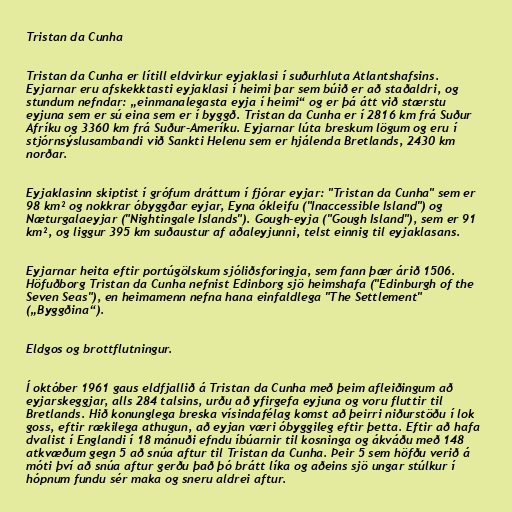
Tristan da Cunha

Tristan da Cunha er lítill eldvirkur eyjaklasi í suðurhluta Atlantshafsins.
Eyjarnar eru afskekktasti eyjaklasi í heimi þar sem búið er að staðaldri, og
stundum nefndar: „einmanalegasta eyja í heimi“ og er þá átt við stærstu
eyjuna sem er sú eina sem er í byggð. Tristan da Cunha er í 2816 km frá Suður
Afríku og 3360 km frá Suður-Ameríku. Eyjarnar lúta breskum lögum og eru í
stjórnsýslusambandi við Sankti Helenu sem er hjálenda Bretlands, 2430 km
norðar.

Eyjaklasinn skiptist í grófum dráttum í fjórar eyjar: "Tristan da Cunha" sem er
98 km² og nokkrar óbyggðar eyjar, Eyna ókleifu ("Inaccessible Island") og
Næturgalaeyjar ("Nightingale Islands"). Gough-eyja ("Gough Island"), sem er 91
km², og liggur 395 km suðaustur af aðaleyjunni, telst einnig til eyjaklasans.

Eyjarnar heita eftir portúgölskum sjóliðsforingja, sem fann þær árið 1506.
Höfuðborg Tristan da Cunha nefnist Edinborg sjö heimshafa ("Edinburgh of the
Seven Seas"), en heimamenn nefna hana einfaldlega "The Settlement"
(„Byggðina“).

Eldgos og brottflutningur.

Í október 1961 gaus eldfjallið á Tristan da Cunha með þeim afleiðingum að
eyjarskeggjar, alls 284 talsins, urðu að yfirgefa eyjuna og voru fluttir til
Bretlands. Hið konunglega breska vísindafélag komst að þeirri niðurstöðu í lok
goss, eftir rækilega athugun, að eyjan væri óbyggileg eftir þetta. Eftir að hafa
dvalist í Englandi í 18 mánuði efndu íbúarnir til kosninga og ákváðu með 148
atkvæðum gegn 5 að snúa aftur til Tristan da Cunha. Þeir 5 sem höfðu verið á
móti því að snúa aftur gerðu það þó brátt líka og aðeins sjö ungar stúlkur í
hópnum fundu sér maka og sneru aldrei aftur.